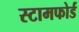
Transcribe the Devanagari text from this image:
स्टामफोर्ड